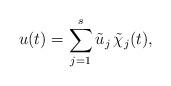
LaTeX: \begin{align*} u(t) = \sum^{s}_{j=1} \tilde{u}_{j} \, \tilde{\chi}_j(t),\end{align*}